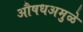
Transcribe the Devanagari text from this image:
औषधअमुळे